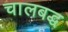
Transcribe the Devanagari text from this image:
चालबद्ध